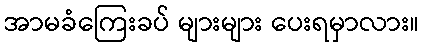
အာမခံကြေးခပ် များများ ပေးရမှာလား။